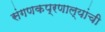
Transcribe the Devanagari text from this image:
संगणकप्रणाल्यांची